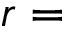
r =